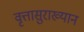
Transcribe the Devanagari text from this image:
वृत्तासुराख्यान